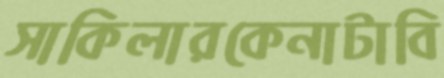
সাকিলারকেনাটাবি